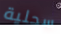
سحلية